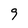
Character: 9